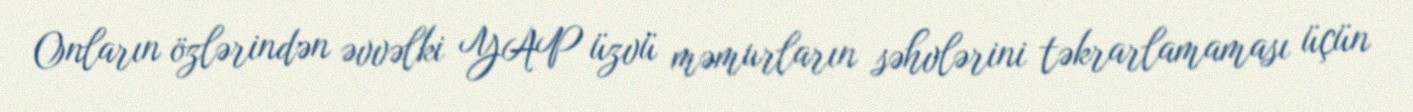
Onların özlərindən əvvəlki YAP üzvü məmurların səhvlərini təkrarlamaması üçün